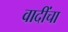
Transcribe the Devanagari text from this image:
वादींचा